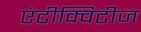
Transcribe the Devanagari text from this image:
एंटीक्विटीज